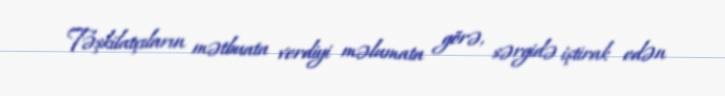
Təşkilatçıların mətbuata verdiyi məlumata görə, sərgidə iştirak edən